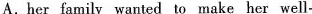
A.her family wanted to make her well-